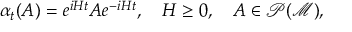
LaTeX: \alpha _ { t } ( A ) = e ^ { i H t } A e ^ { - i H t } , \quad H \geq 0 , \quad A \in \mathcal { P ( M ) } ,